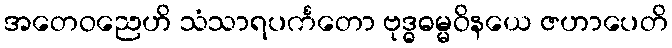
အတေဝညေဟိ သံသာရပင်္ကတော ဗုဒ္ဓဓမ္မဝိနယေ ဇဟာပေတိ